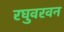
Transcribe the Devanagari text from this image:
रघुवरवन